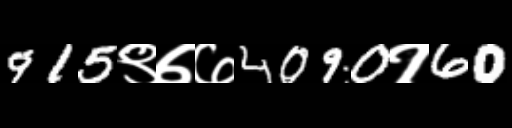
Text: 915९७७4090१60